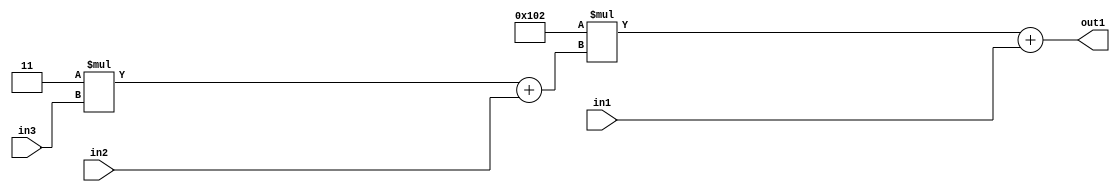
`timescale 1ps / 1ps
/*****************************************************************************
    Verilog RTL Description
    
    
    Created by: Stratus DpOpt 2019.1.01 
*******************************************************************************/

module DC_Filter_Add2u9Mul2i258Add2u1Mul2i3u2_1 (
	in3,
	in2,
	in1,
	out1
	); /* architecture "behavioural" */ 
input [1:0] in3;
input  in2;
input [8:0] in1;
output [11:0] out1;
wire [11:0] asc001;
wire [3:0] asc002;

wire [3:0] asc002_tmp_0;
assign asc002_tmp_0 = 
	+(4'B0011 * in3);
assign asc002 = asc002_tmp_0
	+(in2);

wire [11:0] asc001_tmp_1;
assign asc001_tmp_1 = 
	+(12'B000100000010 * asc002);
assign asc001 = asc001_tmp_1
	+(in1);

assign out1 = asc001;
endmodule

/* CADENCE  v7XwSQs= : u9/ySgnWtBlWxVPRXgAZ4Og= ** DO NOT EDIT THIS LINE ******/